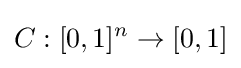
C:[0,1]^{n}\rightarrow [0,1]